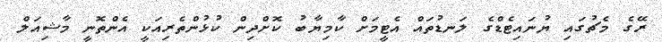
ރޭގެ މެޗުގައި ޔުނައިޓެޑްގެ ލަނޑުތައް އެޓީމަށް ކާމިޔާބު ކޮށްދިން ކުޅުންތެރިއަކީ އެންތޮނީ މާޝިއަލް